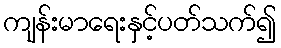
ကျန်းမာရေးနှင့်ပတ်သက်၍